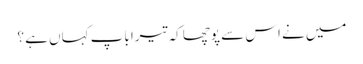
میں نے اس سے پوچھا کہ تیرا باپ کہاں ہے ؟